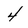
Character: 4